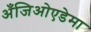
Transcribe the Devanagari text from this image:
अँजिओएडेमा